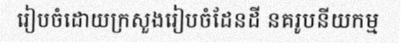
រៀបចំដោយក្រសួងរៀបចំដែនដី នគរូបនីយកម្ម